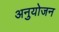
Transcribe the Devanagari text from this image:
अनुयोजन